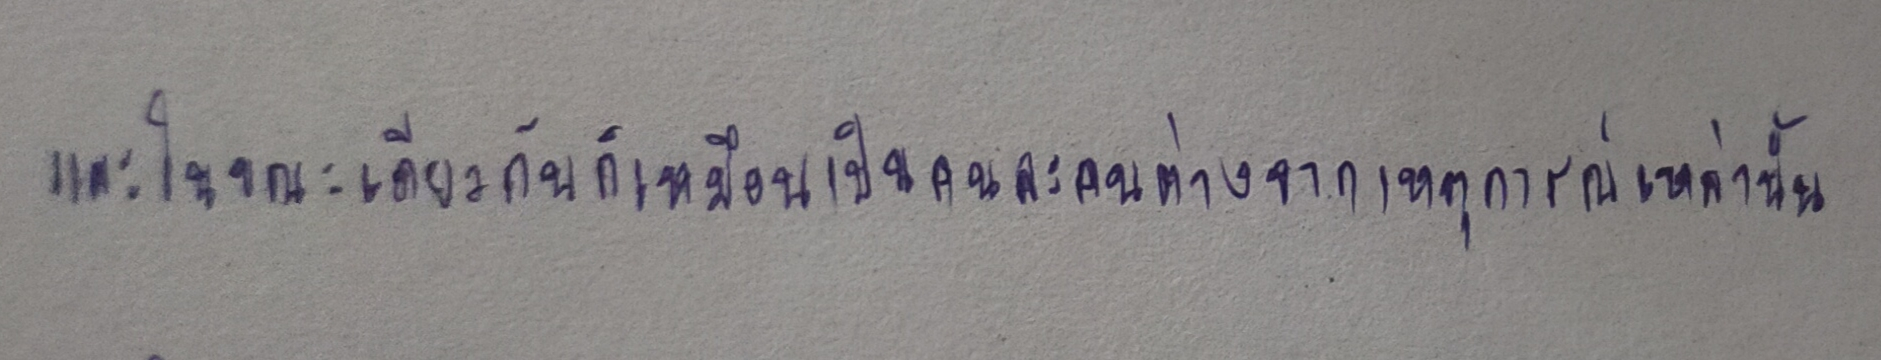
และในขณะเดียวกันก็เหมือนเป็นคนละคนต่างจากเหตุการณ์เหล่านั้น